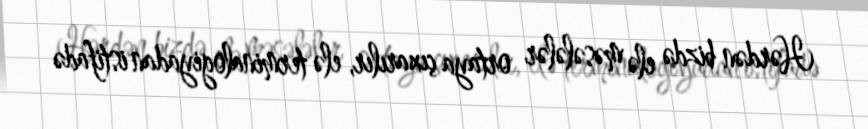
Hərdən bizdə elə məsələlər ortaya çıxarılır, elə terminalogiyadan istifadə